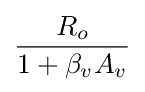
{\frac {R_{o}}{1+\beta _{v}A_{v}}}